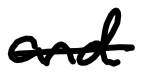
Text: and
Cross-out: mix
Writing tool: digital_black